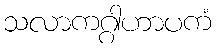
သလာကဂ္ဂါဟာပကံ